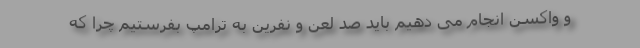
و واکسن انجام می دهیم باید صد لعن و نفرین به ترامپ بفرستیم چرا که